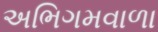
અભિગમવાળા